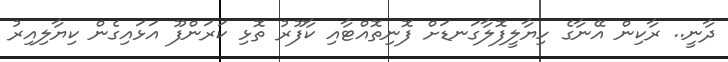
ދާނީ.. ރާކިން އޭނާގެ ހިޔާލީފޮލާގަނޑަށް ފޮނިތޮއްޓާއި ކާފޫރު ތޮޅި ކަރަންފޫ އަޅައިގެން ކިޔާލިއިރު